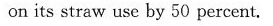
on its straw use by 50 percent.